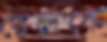
রেলকে